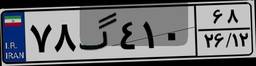
۷۸گ۴۱۰۶۸